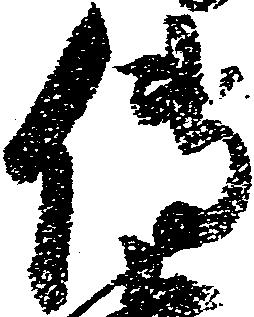
伝